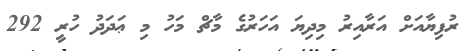
ރުފިޔާއަށް އަރާއިރު މިދިޔަ އަހަރުގެ މާޗް މަހު މި ޢަދަދު ހުރީ 292